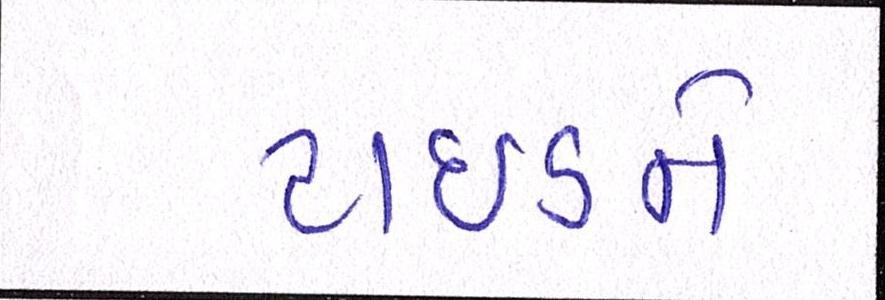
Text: ટાઈડને